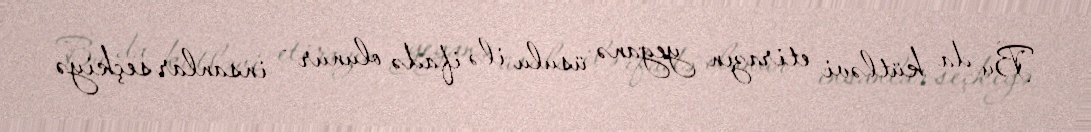
Bu da kütləvi etirazın yeganə üsulu ilə ifadə olunur - insanlar seçkiyə